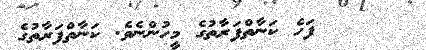
٨      ފަހެ ކަނާތްފަރާތުގެ މީހުންނެވެ. ކަނާތްފަރާތުގެ